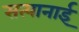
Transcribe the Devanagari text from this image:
सत्यानाई